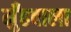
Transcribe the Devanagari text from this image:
मुँहवाला